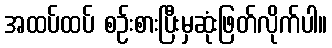
အထပ်ထပ် စဉ်းစားပြီးမှဆုံးဖြတ်လိုက်ပါ။